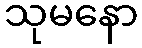
သုမနော